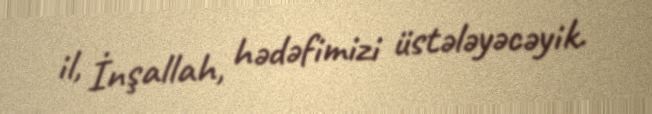
il, İnşallah, hədəfimizi üstələyəcəyik.